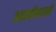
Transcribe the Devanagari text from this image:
आवर्तकालों